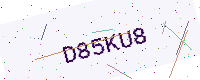
Text: D85KU8